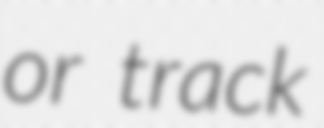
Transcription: or track